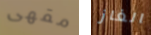
مقهى الغاز